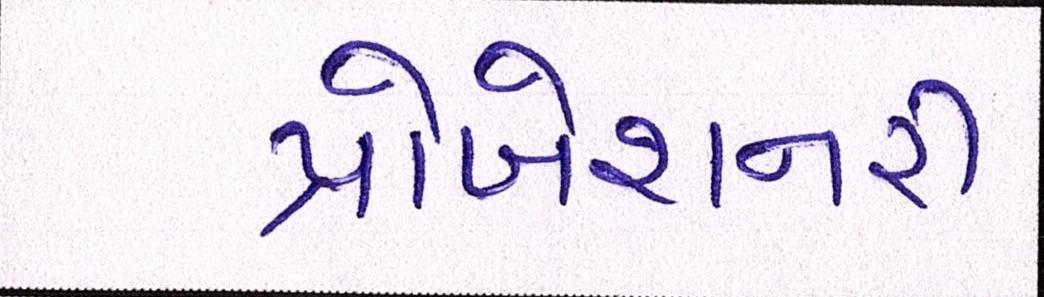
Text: પ્રોબેશનરી